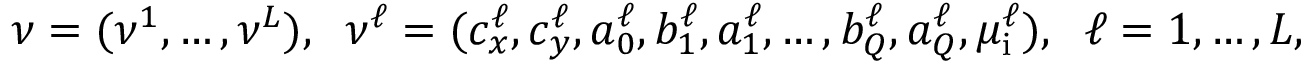
\begin{array} { r } { \ensuremath { \boldsymbol \nu } = ( \ensuremath { \boldsymbol \nu } ^ { 1 } , \ldots , \ensuremath { \boldsymbol \nu } ^ { L } ) , \; \; \ensuremath { \boldsymbol \nu } ^ { \ell } = ( c _ { x } ^ { \ell } , c _ { y } ^ { \ell } , a _ { 0 } ^ { \ell } , b _ { 1 } ^ { \ell } , a _ { 1 } ^ { \ell } , \ldots , b _ { Q } ^ { \ell } , a _ { Q } ^ { \ell } , \mu _ { \mathrm { i } } ^ { \ell } ) , \; \; \ell = 1 , \ldots , L , } \end{array}